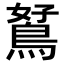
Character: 𪀮